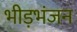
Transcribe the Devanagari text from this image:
भीड़भंजन